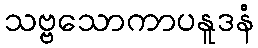
သဗ္ဗသောကာပနူဒနံ